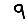
Digit: 9